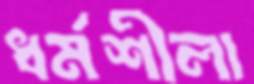
ধর্মশীলা